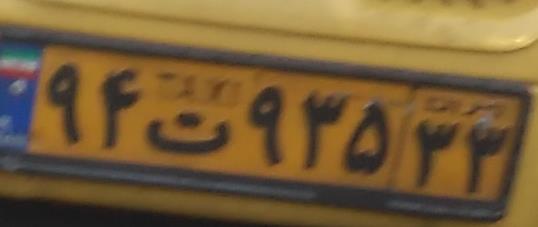
۹۴ت۹۳۵۳۳